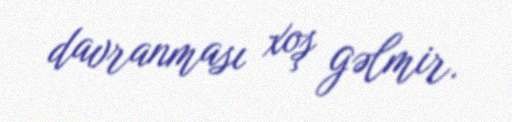
davranması xoş gəlmir.